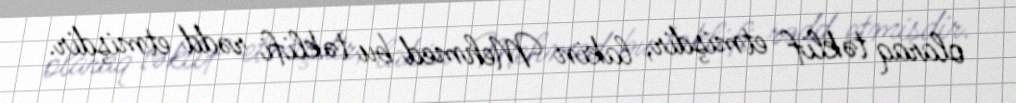
olaraq təklif etmişdir, lakin Mehmed bu təklifi rədd etmişdir.